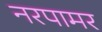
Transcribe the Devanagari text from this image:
नरपामर